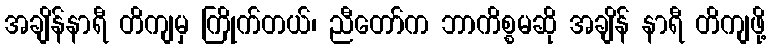
အချိန်နာရီ တိကျမှ ကြိုက်တယ်၊ ညီတော်က ဘာကိစ္စမဆို အချိန် နာရီ တိကျဖို့